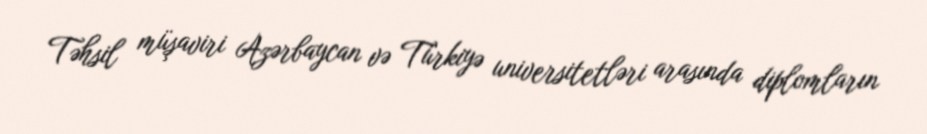
Təhsil müşaviri Azərbaycan və Türkiyə universitetləri arasında diplomların